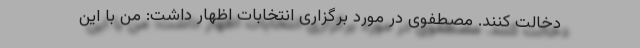
دخالت کنند. مصطفوی در مورد برگزاری انتخابات اظهار داشت: من با این